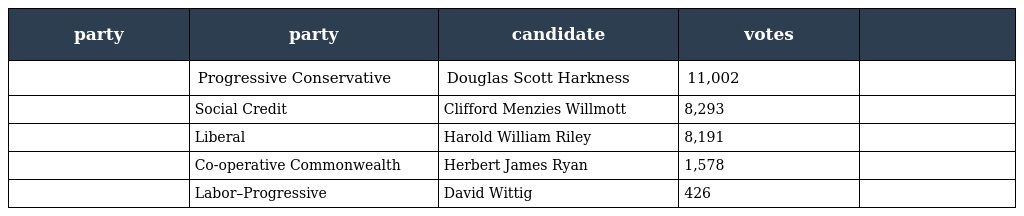
| party | party | candidate | votes |  |
 | --- | --- | --- | --- | --- |
 |  | Progressive Conservative | Douglas Scott Harkness | 11,002 |  |
 |  | Social Credit | Clifford Menzies Willmott | 8,293 |  |
 |  | Liberal | Harold William Riley | 8,191 |  |
 |  | Co-operative Commonwealth | Herbert James Ryan | 1,578 |  |
 |  | Labor–Progressive | David Wittig | 426 |  |